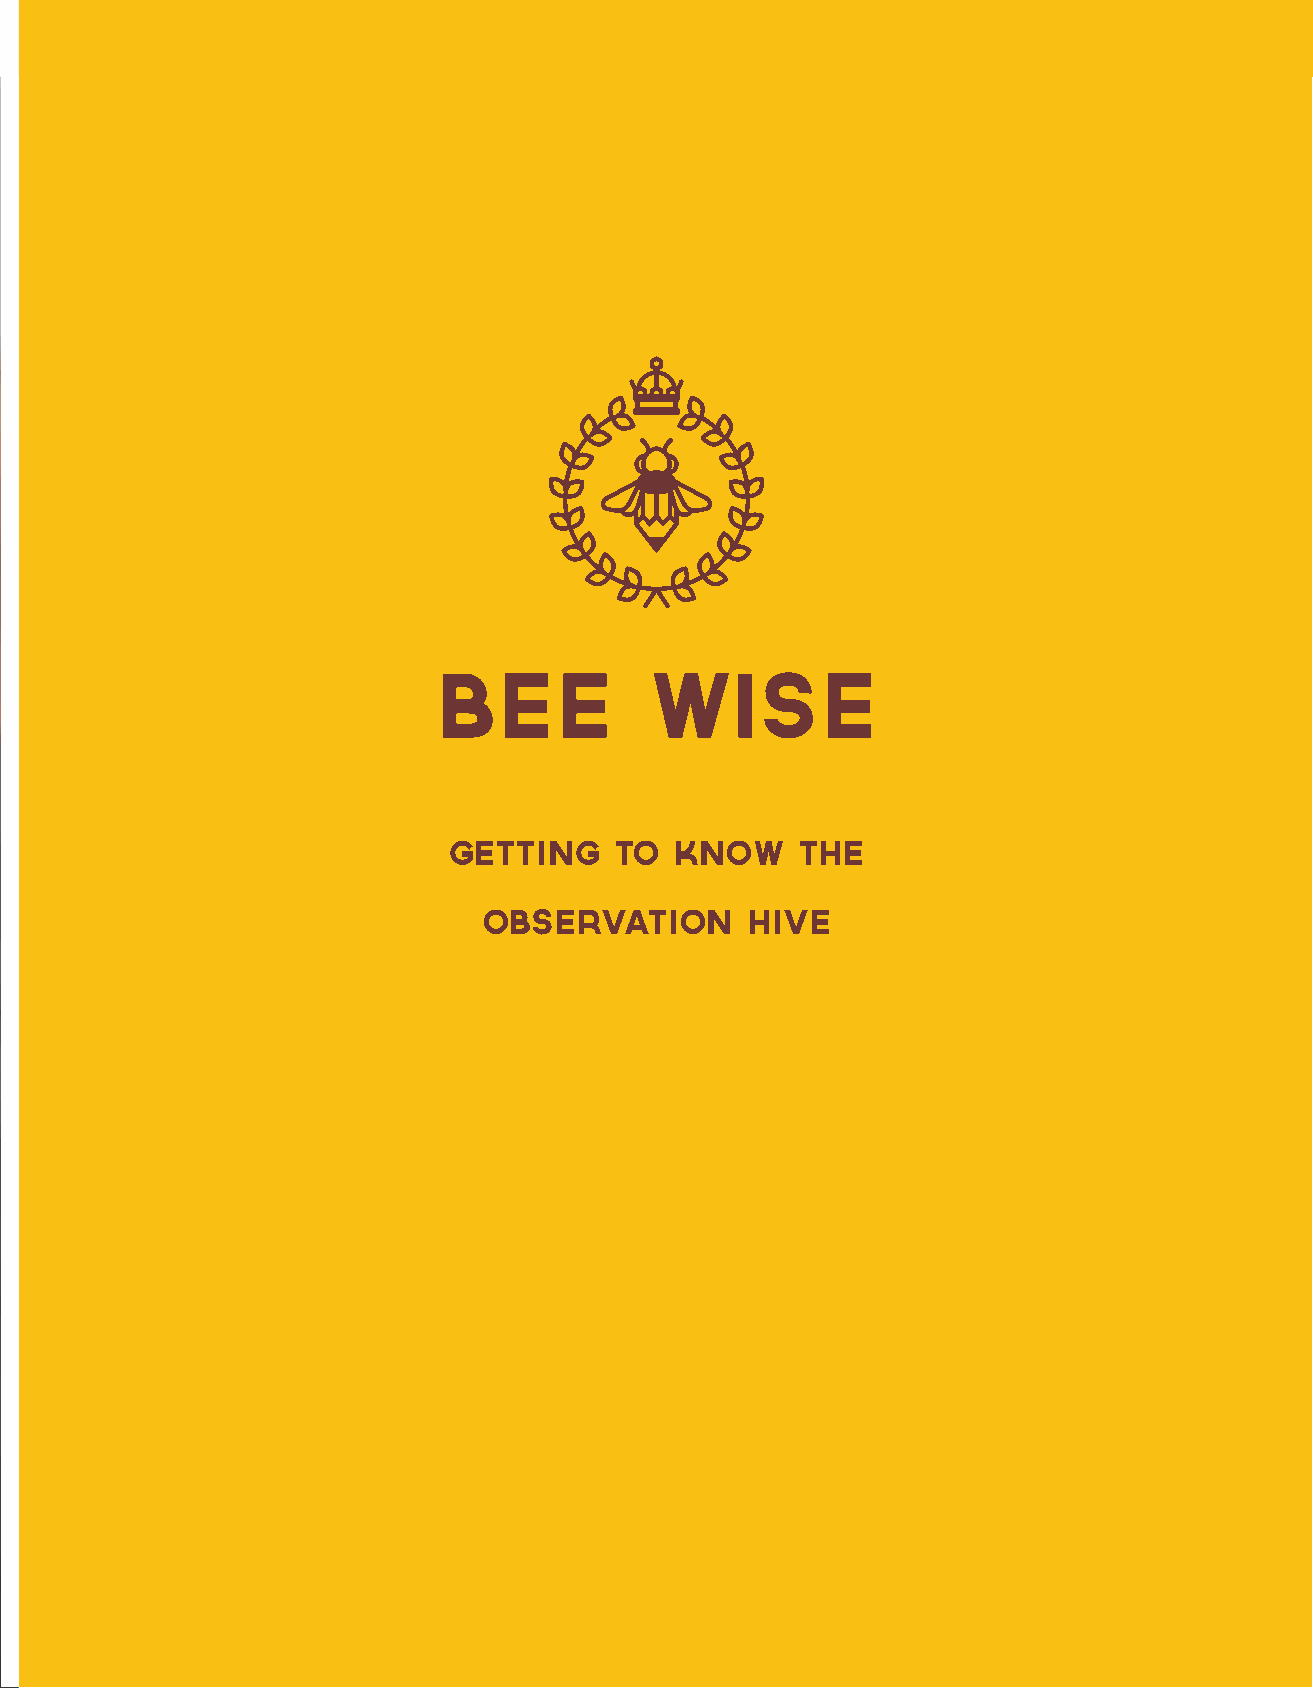
BEE           Wise
 GETTING    TO  KNOW    THE
 OBSERVATION      HIVE